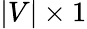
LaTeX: |V|\times 1